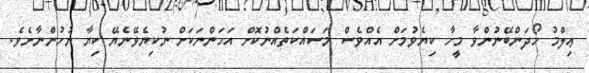
ޢިލްމު ހޯދަންބޭނުންވާ މީހާ ކިޔެވުމަށް އެއްވެސް މަސައްކަތެއްނުކޮށް އަހަންނަކަށް ނުކިޔެވޭނެޔޭ ކިޔާ ނުހުންނާށެވެ.